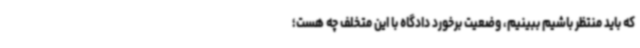
که باید منتظر باشیم ببینیم، وضعیت برخورد دادگاه با این متخلف چه هست؛